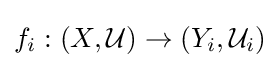
f_{i}:\left(X,{\mathcal {U}}\right)\to \left(Y_{i},{\mathcal {U}}_{i}\right)